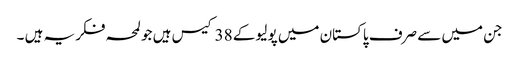
جن میں سے صرف پاکستان میں پولیو کے 38 کیس ہیں جو لمحہ فکریہ ہیں ۔